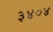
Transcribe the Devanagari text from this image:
३४०४